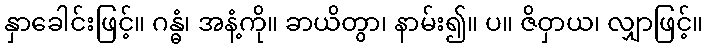
နှာခေါင်းဖြင့်။ ဂန္ဓံ၊ အနံ့ကို။ ခာယိတွာ၊ နာမ်း၍။ ပ။ ဇိဝှာယ၊ လျှာဖြင့်။